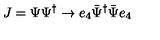
J = \Psi \Psi ^ { \dagger } \rightarrow e _ { 4 } \bar { \Psi } ^ { \dagger } \bar { \Psi } e _ { 4 }